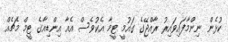
ކުޅެން ނިންމާފައިވައިރު ރާއްޖޭގެ ގައުމީ ޓީމާ އެކުވެސް އެއާ އިންޑިއާގެ ޓީމް މެޗެއް